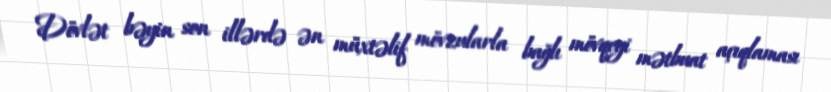
Dövlət bəyin son illərdə ən müxtəlif mövzularla bağlı mövqeyi mətbuat açıqlaması